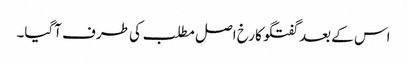
اس کے بعد گفتگو کا رخ اصل مطلب کی طرف آگیا۔